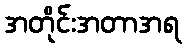
အတိုင်းအတာအရ